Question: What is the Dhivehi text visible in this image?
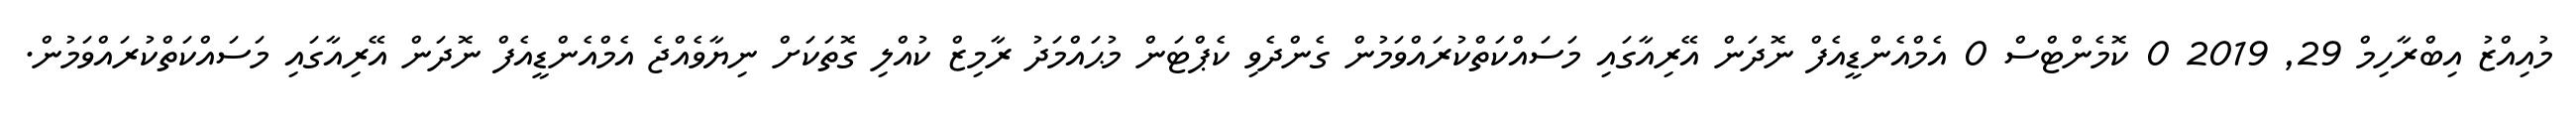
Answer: މުއިއްޒު އިބްރާހިމް 29, 2019 0 ކޮމެންޓްސް 0 އެމްއެންޑީއެފް ނޮދަން އޭރިއާގައި މަސައްކަތްކުރައްވަމުން ގެންދެވި ކެޕްޓަން މުޙައްމަދު ރާމިޒް ކުއްލި ގޮތަކަށް ނިޔާވެއްޖެ އެމްއެންޑީއެފް ނޮދަން އޭރިއާގައި މަސައްކަތްކުރައްވަމުން.